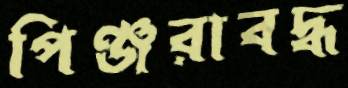
পিঞ্জরাবদ্ধ